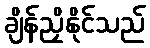
ချိန်ညှိနိုင်သည်